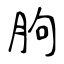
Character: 胊